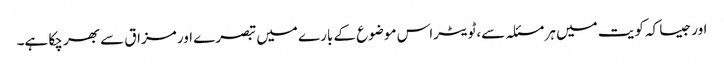
اور جیسا کہ کویت میں ہر مسئلہ سے،ٹویٹراس موضوع کے بارے میں تبصرے اور مزاق سے بھر چکا ہے۔